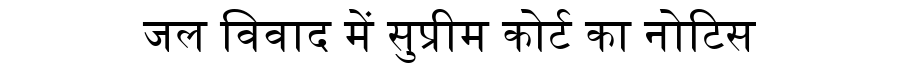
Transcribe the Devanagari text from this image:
जल विवाद में सुप्रीम कोर्ट का नोटिस